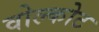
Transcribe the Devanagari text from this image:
वोल्कोट